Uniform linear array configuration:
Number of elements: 12
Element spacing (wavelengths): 0.5
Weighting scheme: cosine
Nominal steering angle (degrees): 60
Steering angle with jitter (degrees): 60.889
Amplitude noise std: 0.05
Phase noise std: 0.05

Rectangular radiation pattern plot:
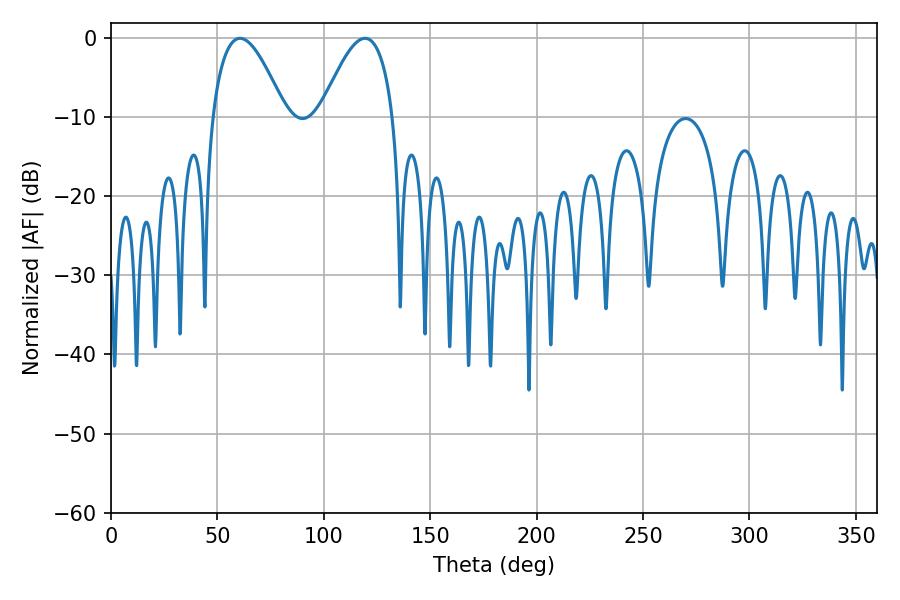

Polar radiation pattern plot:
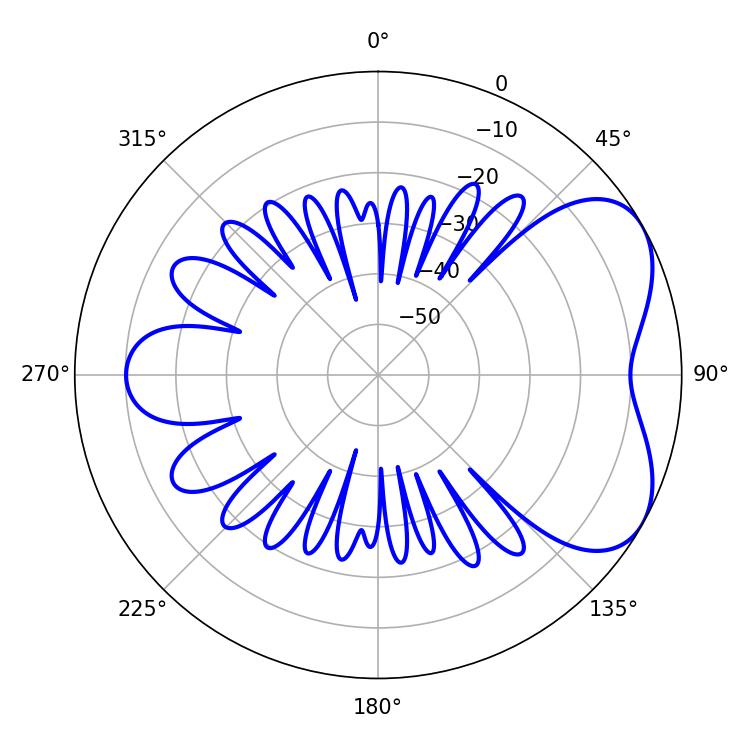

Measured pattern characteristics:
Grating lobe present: FALSE
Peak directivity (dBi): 5.245
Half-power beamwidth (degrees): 18.54
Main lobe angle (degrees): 60.66